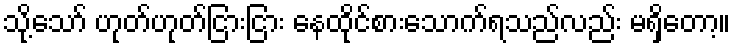
သို့သော် ဟုတ်ဟုတ်ငြားငြား နေထိုင်စားသောက်ရသည်လည်း မရှိတော့။